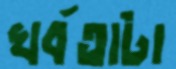
খর্বতাটা